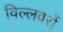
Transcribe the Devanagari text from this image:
विल्लवरों